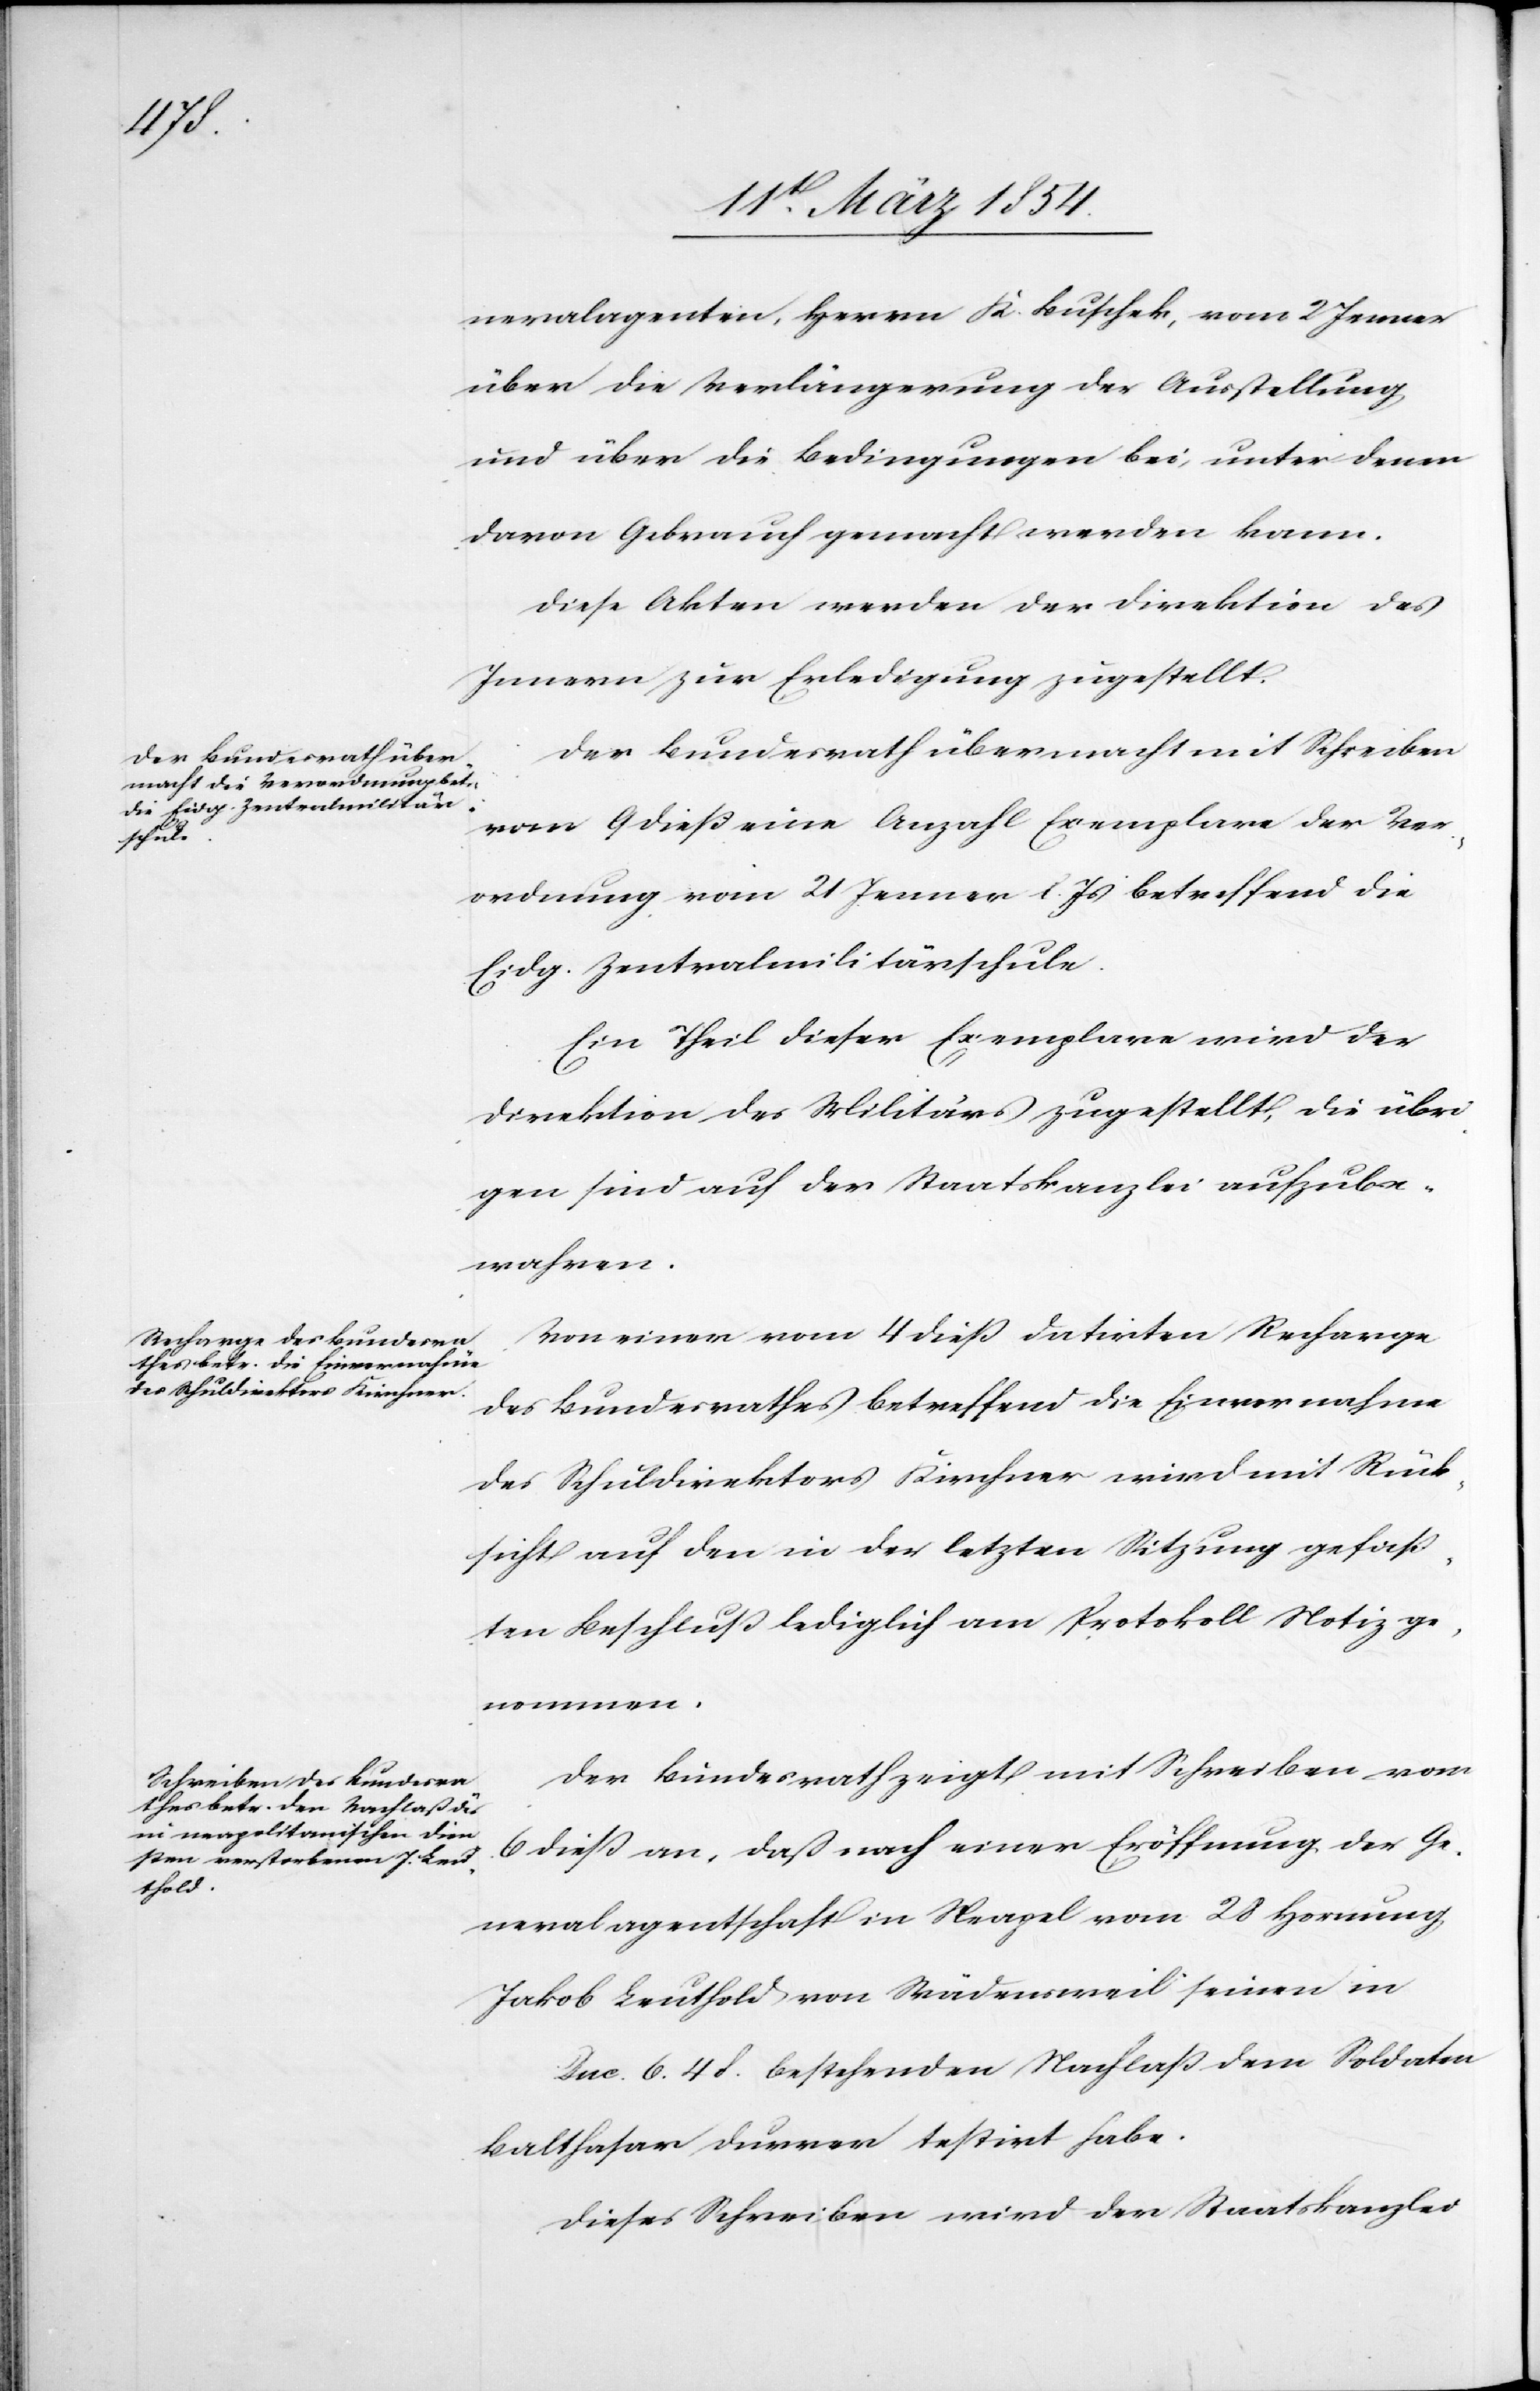
neralagenten, Herrn K. Buschek, vom 2 Jenner
über die Verlängerung der Ausstellung
und über die Bedingungen bei, unter denen
davon Gebraucht gemacht werden kann.
Diese Akten werden der Direktion des
Innern zur Erledigung zugestellt.
Der Bundesrath übermacht mit Schreiben
vom 9 dieß eine Anzahl Exemplare der Ver¬
ordnung vom 21 Jenner l. Js betreffend die
Eidg. Zentralmilitärschule.
Ein Theil dieser Exemplare wird der
Direktion des Militärs zugestellt, die übri¬
gen sind auf der Staatskanzlei aufzube¬
wahren.
Von einer vom 4 dieß datirten Recharge
des Bundesrathes betreffend die Einvernahme
des Schuldirektors Kirchner wird mit Rück¬
sicht auf den in der letzten Sitzung gefaß¬
ten Beschluß lediglich am Protokoll Notiz ge¬
nommen.
Der Bundesrath zeigt mit Schreiben vom
6 dieß an, daß nach einer Eröffnung der Ge¬
neralagentschaft in Neapel vom 28 Hornung,
Jakob Leuthold von Wädensweil seinen in
Duc. 6. 4 F. bestehenden Nachlaß dem Soldaten
Balthasar Durrer testirt habe.
Dieses Schreiben wird der Staatskanzlei